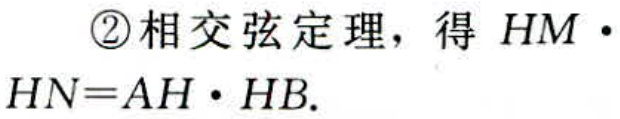
\textcircled{2}相交弦定理，得 \(HM\cdot HN = AH\cdot HB\).